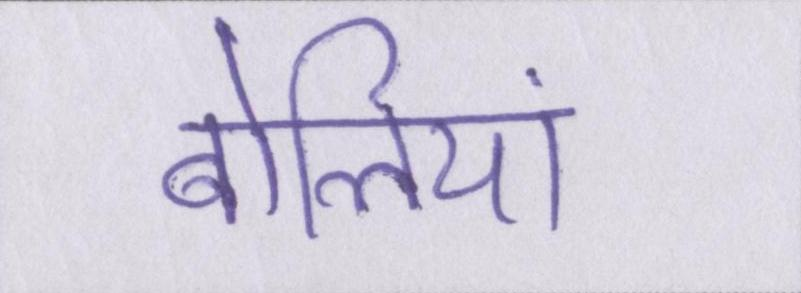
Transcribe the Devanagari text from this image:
बोलियां